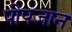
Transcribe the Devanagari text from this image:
पोपजान